Annual administration report of the Civil Veterinary Department of India - 1897-1898
Year: 1897
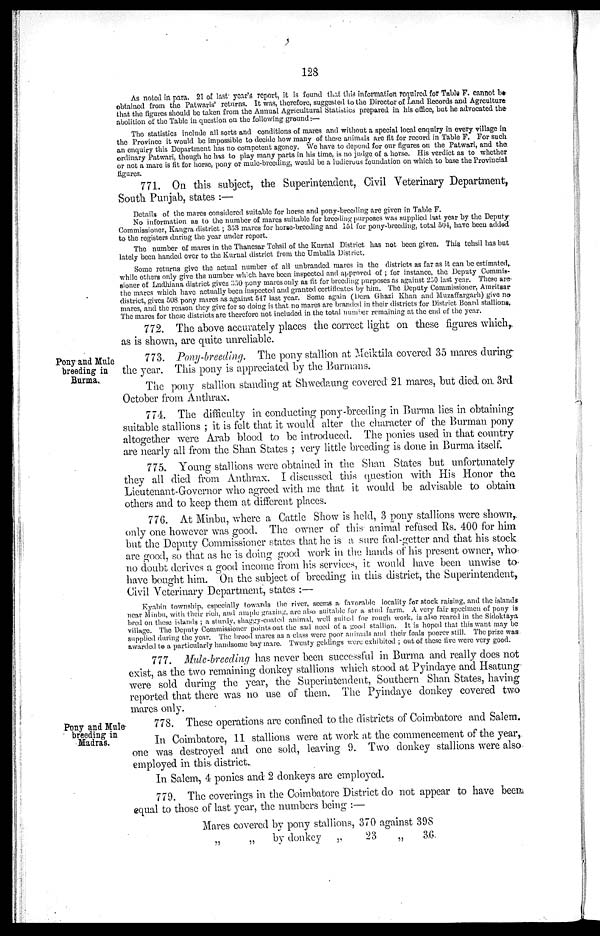
128.
As noted in para. 21 of last year's report, it is found that this information required for Table F. cannot be-
obtained from the Patwaris' returns. It was, therefore, suggested to the Director of Land Records and Agrculture
that the figures should be taken from the Annual Agricultural Statistics prepared in his office, but he advocated the
abolition of the Table in question on the following ground:—
The statistics include all sorts and conditions of mares and without a special local enquiry in every village in
the Province it would be impossible to decide how many of these animals are fit for record in Table F. For such
an enquiry this Department has no competent agency. We have to depend for our figures on the Patwari, and the
ordinary Patwari, though he has to play many parts in his time, is no judge of a horse. His verdict as to whether
or not a mare is fit for horse, pony or mule-breeding, would be a ludicrous foundation on which to base the Provincial
figures.
771. On this subject, the Superintendent, Civil Veterinary Department,
South Punjab, states :—
Details of the mares considered suitable for horse and pony-breeding are given in Table F.
No information as to the number of mares suitable for breeding purposes was supplied last year by the Deputy
Commissioner, Kangra district; 353 mares for horse-breeding and 151 for pony-breeding, total 504, have been added
to the registers during the year under report.
The number of mares in the Thanesar Tehsil of the Kurnal District has not been given. This tehsil has but
lately been handed over to the Kurnal district from the Umballa District.
Some returns give the actual number of all unbranded mares in the districts as far as it can be estimated,
while others only give the number which have been inspected and approved of; for instance, the Deputy Commis-
sioner of Ludhiana district gives 350 pony mares only as fit for breeding purposes as against 250 last year. These are
the mares which have actually been inspected and granted certiffcates by him. The Deputy Commissioner, Amritsar
district, gives 508. pony mares as against 547 last year. Some again (Dera Ghazi Khan and Muzaffargarh) give no
mares, and the reason they give for so doing is that no mares are branded in their districts for District Board stallions.
The mares for these districts are therefore not included in the total number remaining at the end of the year.
772. The above accurately places the correct light on these figures which,
as is shown, are quite unreliable.
Pony and Mule
breeding in
Burma.
773. Pony-breeding. The pony stallion at Meiktila covered 35 mares during
the year. This pony is appreciated by the Burmans.
The pony stallion standing at Shwedaung covered 21 mares, but died on 3rd
October from Anthrax.
774. The difficulty in conducting pony-breeding in Burma lies in obtaining
suitable stallions; it is felt that it would alter the character of the Burman pony
altogether were Arab blood to be introduced. The ponies used in that country
are nearly all from the Shan States; very little breeding is done in Burma itself.
775. Young stallions were obtained in the Shan States but unfortunately
they all died from Anthrax. I discussed this question with His Honor the
Lieutenant-Governor who agreed with me that it would be advisable to obtain
others and to keep them at different places.
776. At Minbu, where a Cattle Show is held, 3 pony stallions were shown,
only one however was good. The owner of this animal refused Rs. 400 for him
but the Deputy Commissioner states that he is a sure foal-getter and that his stock
are good, so that as he is doing good work in the hands of his present owner, who
no doubt derives a good income from his services, it would have been unwise to
have bought him. On the subject of breeding in this district, the Superintendent,
Civil Veterinary Department, states :—
Kyabin township, especially towards the river, seems a. favorable locality for stock raising, and the islands
near Minbu, with their rich, and ample grazing, are also suitable for a stud farm. A very fair specimen of pony is
bred on these islands; a sturdy, shaggy-coated animal, well suited for rough work, is also reared in the Sidoktaya
village. The Deputy Commissioner points out the sad need of a good stallion. It is hoped that this want may be
supplied during the year. The brood marcs as a class were poor animals and their foals poorer still. The prize was
awarded to a particularly handsome bay maro. Twenty geldings were exhibited; out of these five were very good.
777. Mule-breeding has never been successful in Burma and really does not
exist, as the two remaining donkey stallions which stood at Pyindaye and Hsatung
were sold during the year, the Superintendent, Southern Shan States, having
reported that there was no use of them. The Pyindaye donkey covered two
mares only.
Pony and Mule
breeding in
Madras.
778. These operations are confined to the districts of Coimbatore and Salem.
In Coimbatore, 11 stallions were at work at the commencement of the year,
one was destroyed and one sold, leaving 9. Two donkey stallions were also
employed in this district.
In Salem, 4 ponies and 2 donkeys are employed.
779. The coverings in the Coimbatore District do not appear to have been
equal to those of last year, the numbers being :—
Mares covered by pony stallions,
„
„
by donkey „
370
23
against
„
398
36